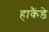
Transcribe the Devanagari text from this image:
हाकैंडे